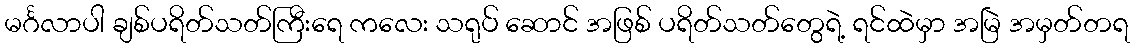
မင်္ဂလာပါ ချစ်ပရိတ်သတ်ကြီးရေ ကလေး သရုပ် ဆောင် အဖြစ် ပရိတ်သတ်တွေရဲ့ ရင်ထဲမှာ အမြဲ အမှတ်တရ